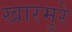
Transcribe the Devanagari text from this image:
खारमुरे